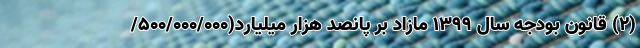
(۲) قانون بودجه سال ۱۳۹۹ مازاد بر پانصد هزار میلیارد(۵۰۰/۰۰۰/۰۰۰/